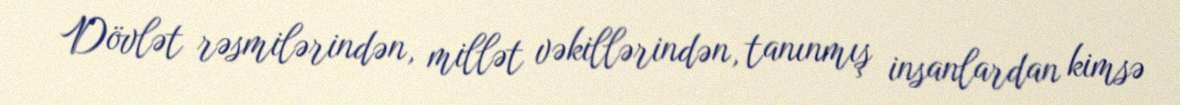
Dövlət rəsmilərindən, millət vəkillərindən, tanınmış insanlardan kimsə